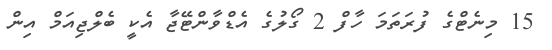
15 މިނެޓްގެ ފުރަތަމަ ހާފް 2 ގޯލުގެ އެޑްވާންޓޭޖާ އެކީ ބެލްޖިއަމް އިން